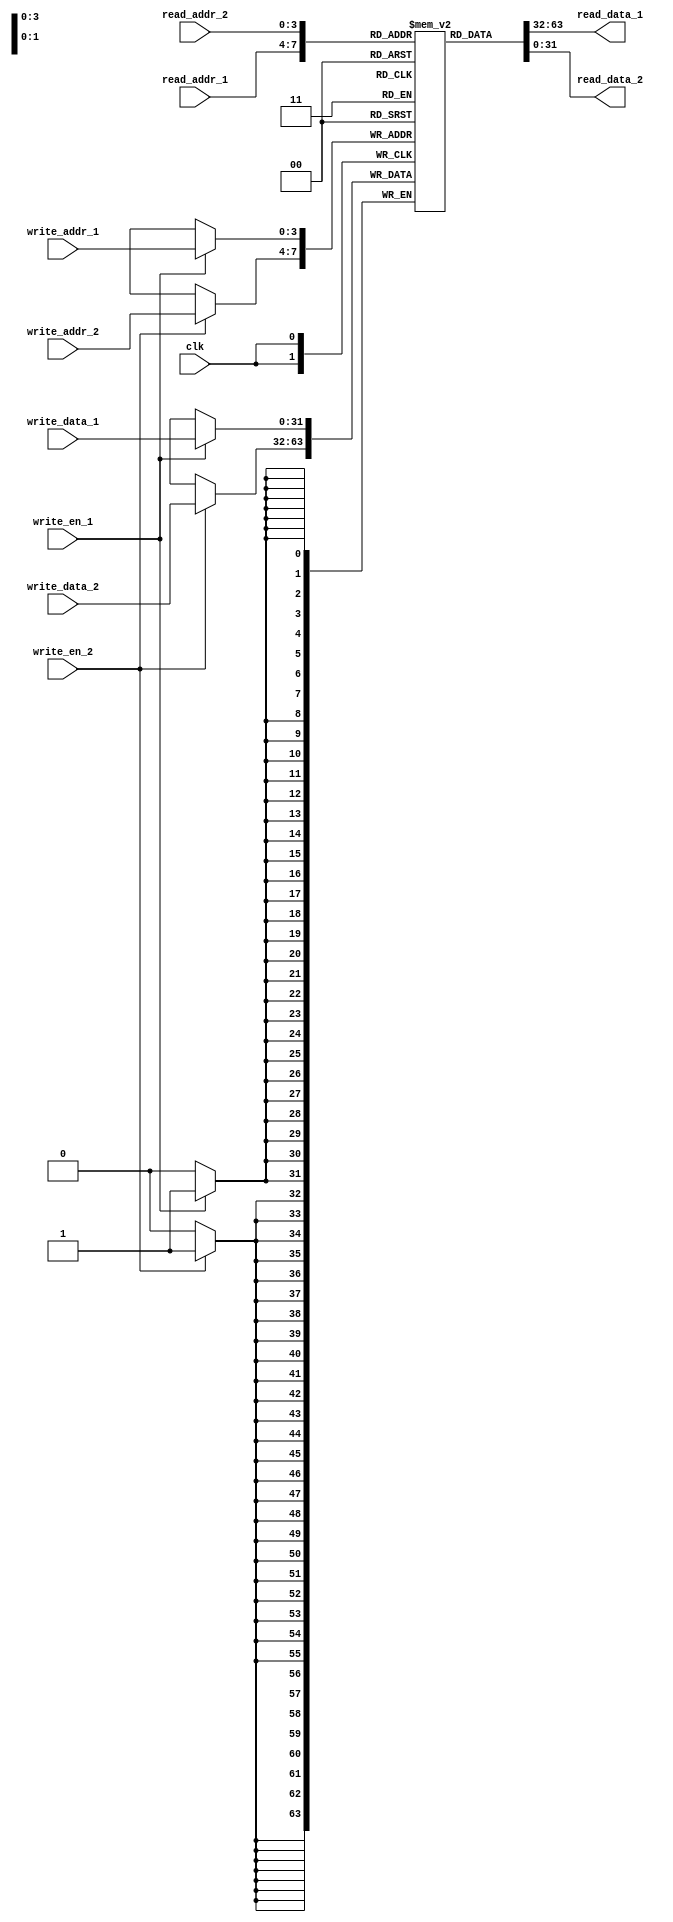
//////////////////////////////////////////////////////////////////////////////////
// Design Name: Fast Fourier Transform (16-point) 
// Module Name:  mem_32x16
// Project Name: Fast Fourier Transform (16-point)
///////////////////////////////////////////////////////////////////////////////

module mem_32x16 (
   input wire         clk,
   input wire  [3:0]  write_addr_1,
   input wire  [31:0] write_data_1,
   input wire         write_en_1,
   input wire  [3:0]  write_addr_2,
   input wire  [31:0] write_data_2,
   input wire         write_en_2,
   input wire  [3:0]  read_addr_1,
   output wire [31:0] read_data_1,
   input wire  [3:0]  read_addr_2,
   output wire [31:0] read_data_2
);

   /****************************************************************************
    * Signals
    ***************************************************************************/

   reg [31:0] mem_array [15:0];

   /****************************************************************************
    * Continuous Assignments
    ***************************************************************************/

   assign read_data_1 = mem_array[read_addr_1];
   assign read_data_2 = mem_array[read_addr_2];

   /****************************************************************************
    * Synchronous Logic
    ***************************************************************************/

   always @(posedge clk) begin

      if (write_en_1 == 1'b1) begin
         mem_array[write_addr_1] <= write_data_1;
      end

      if (write_en_2 == 1'b1) begin
         mem_array[write_addr_2] <= write_data_2;
      end

   end

endmodule